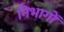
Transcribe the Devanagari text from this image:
निभागों